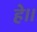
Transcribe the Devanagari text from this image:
हे॥